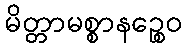
မိတ္တာမစ္စာနဉ္စေဝ